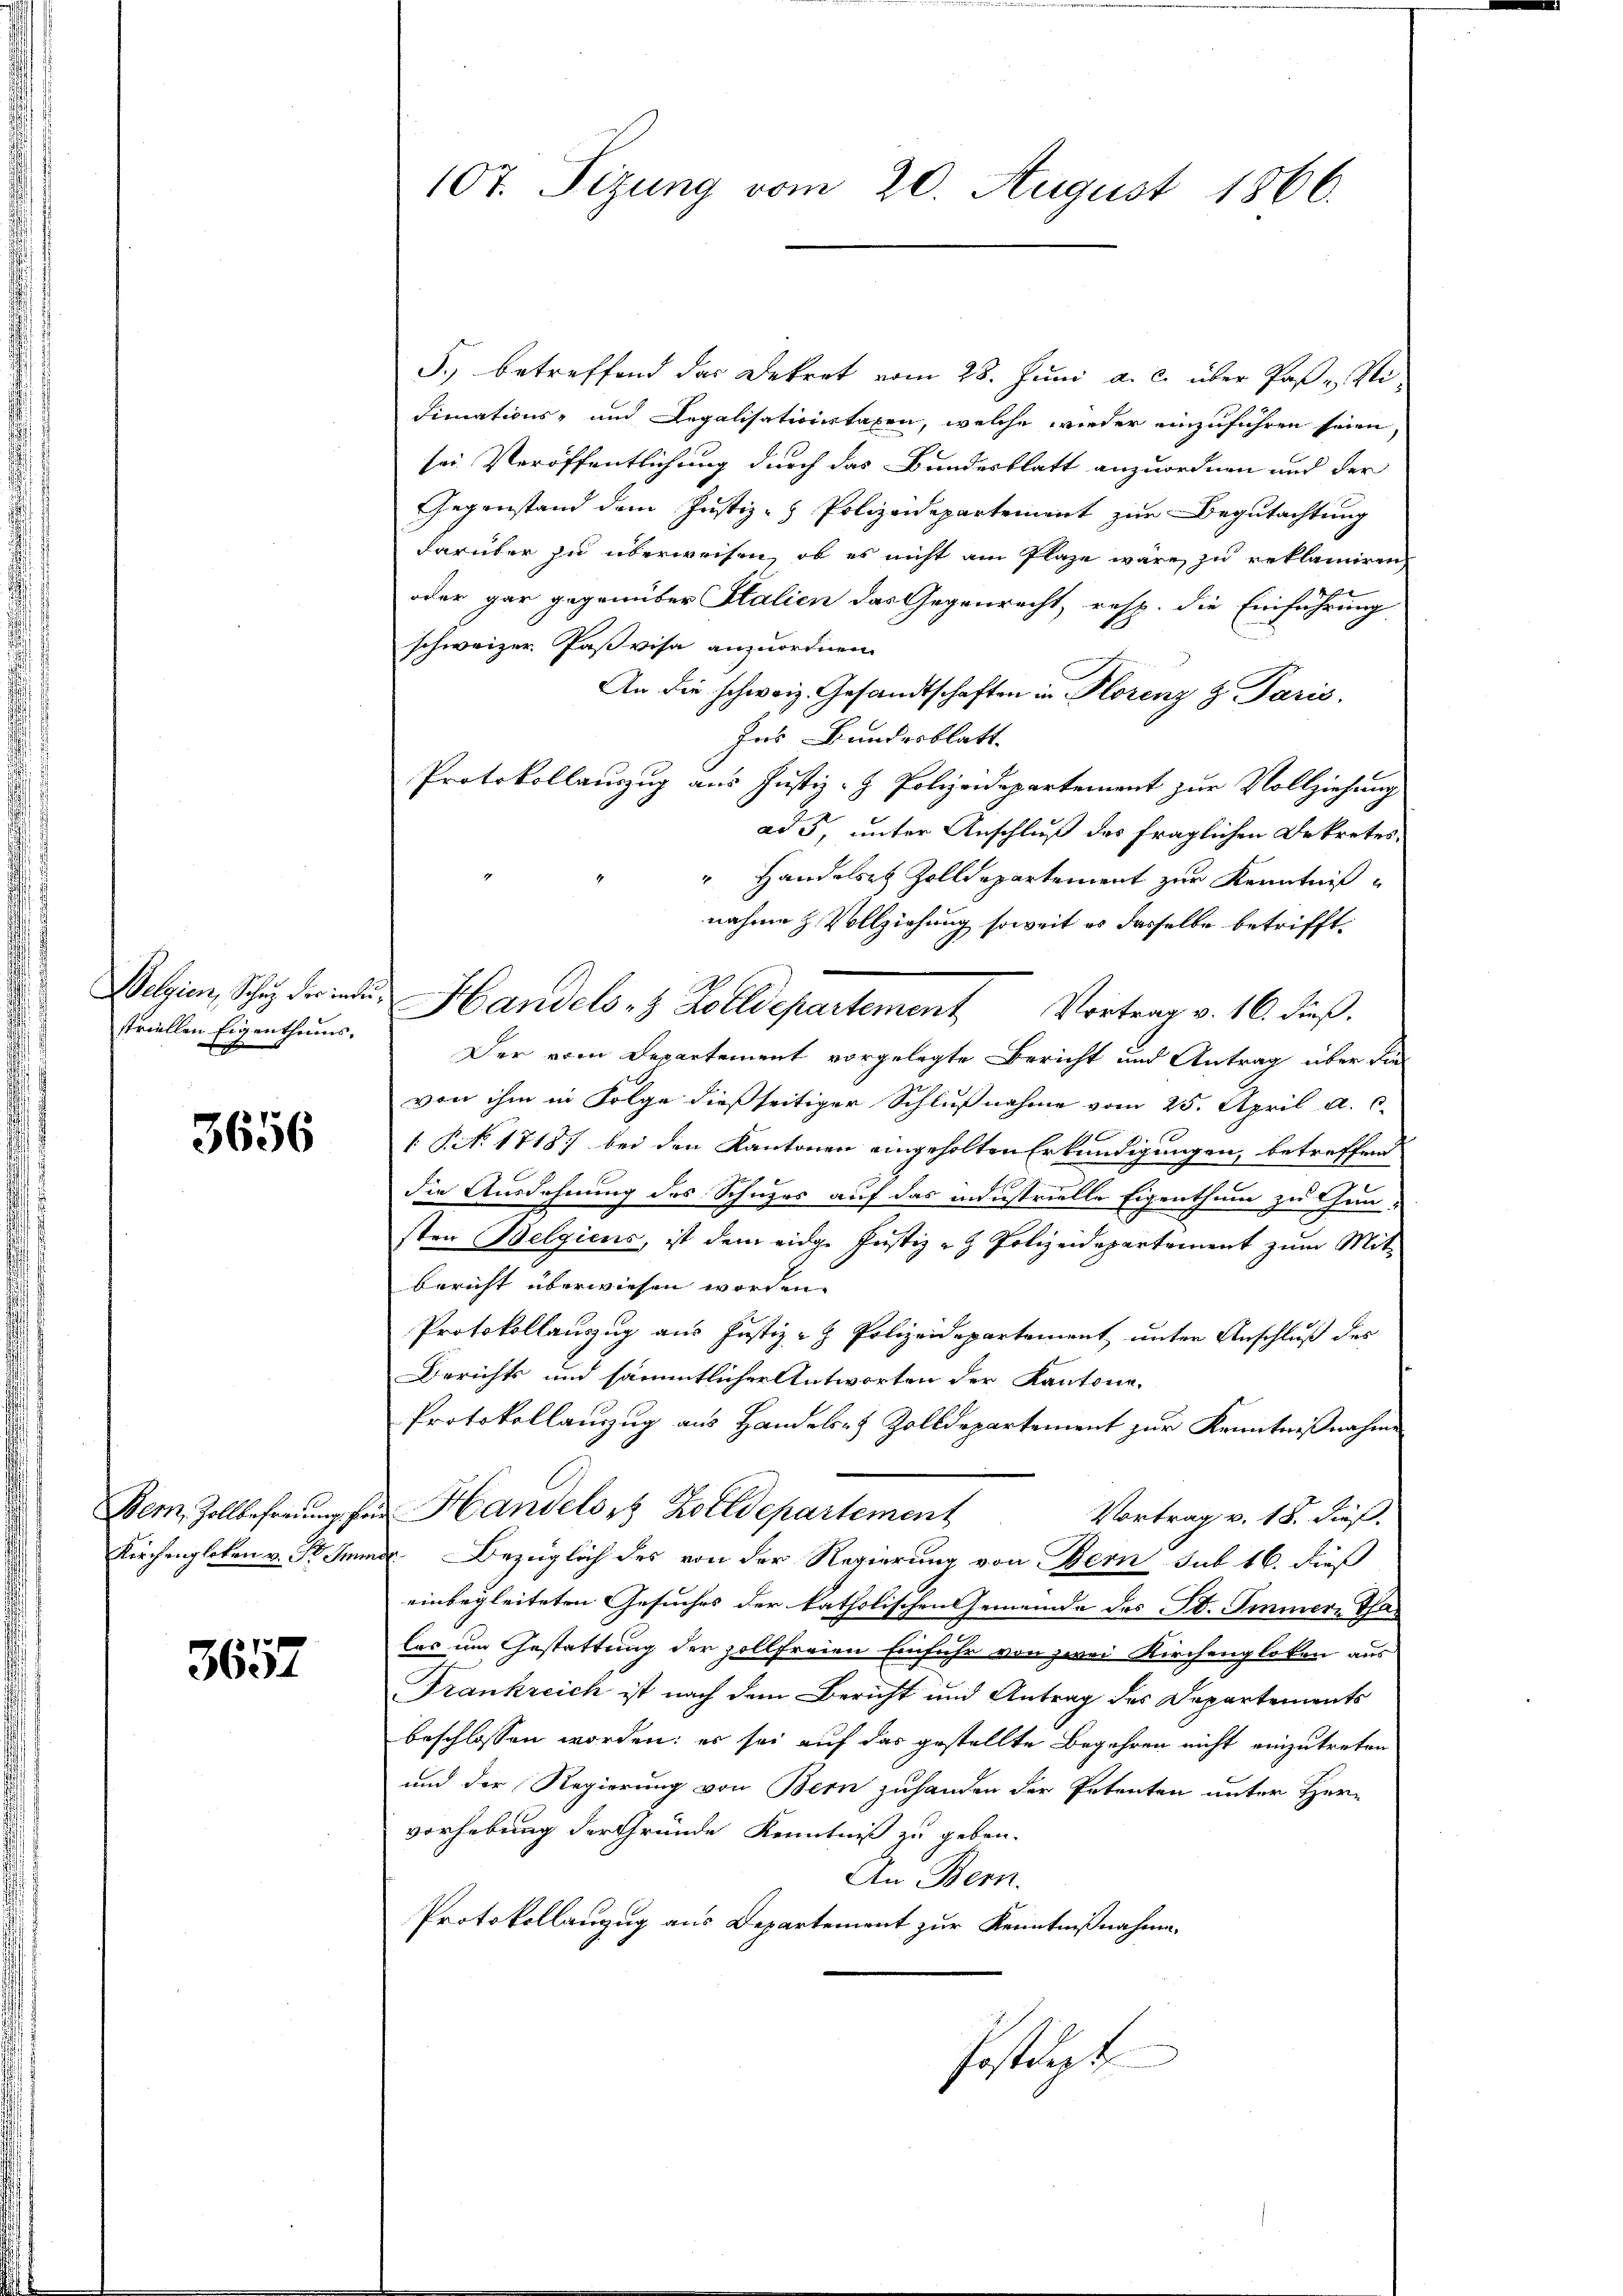
striellen Eigenthums-

3656

Bern, Zollbefreiung, fr
Kirchengleten v. ist dem

3657

107. Sizung vom 20. August 1866.

J., betreffend das Dekret vom 28. Juni a. c. über Paß Ni
dimations- und Legalisationstaxen, welche wieder einzuführen seien
sei Veröffentlichung durch das Bundesblatt anzuordnen und der
Gegenstand dem Justiz - Polizeidepartement zur Begutachtung
darüber zu überweisen, ob es nicht am Plaze wäre zu reklamiren,
f
oder gar gegenüber Stalien das Gegenrecht, resp. die Einführung
schweizer Paßvisa anzuordnen.
An die schweiz. Gesandtschaften in Horenz & Paris.
des Bundesblatt
Protokollauszug aus Justiz- & Polizeidepartement zur Vollziehung
ad 5, unter Anschluß des fraglichen Dekretes,
" Handelst Zolldepartement zur Kenntniß
nahme & Vollziehung soweit es dasselbe betrifft.
Selin, Schu derenten Handels- & Zolldepartement Vortrag v. 16. dieß.
Der vom Departement vorgelegte Bericht und Antrag über die
von ihm in Folge dießseitiger Schlußnahme vom 25. April a. c.
1
 §. 1718) bei den Kantonen eingeholten Erkundigungen, betreffend
die Ausdehnung des Schuzes auf das industrielle Eigenthum zu thun-
sten Belgiens, ist dem eidge Justiz- & Polizeidepartement zum Mit-
Bericht überwiesen worden.
Protokollauszug aus Justiz- & Polizeidepartement unter Anschluß des
Berichts und sämmtlicher Antworten der Kantone,
Protokollanzug aus Handelsr. Zolldepartement zur Kenntnißnahme
u Handelsr. Zolldepartement
Vortrag v. 18. dieß.
eer. Bezüglich des von der Regierung von Bern sub 16. dieß
einbegleiteten Gesuches der katholischen Gemeinde des St. Immer Tha
las um Gestattung der zollfreien Einfuhr von zwei Kirchenglaken aus
Frankreich ist nach dem Bericht und Antrag des Departements
beschlossen worden; es sei auf das gestellte Begehren nicht einzutreten
und der Regierung von Bern zuhanden der Petenten unter Herr
vorhebung der Gründe Kenntniß zu geben.
An Bern.
Protokollanzug aus Departement zur Kenntnißnahme.
fostent